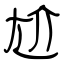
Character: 尬